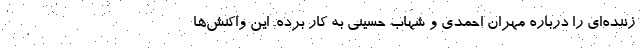
زننده‌ای را درباره مهران احمدی و شهاب حسینی به کار برده. این واکنش‌ها